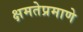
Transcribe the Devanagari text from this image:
क्षमतेप्रमाणे